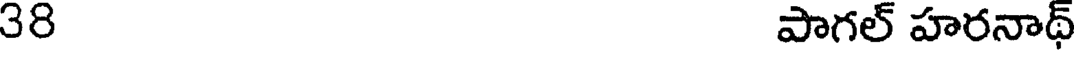
38 పాగల్ హరనాథ్